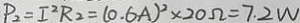
P _ { 2 } = I ^ { 2 } R _ { 2 } = ( 0 . 6 A ) ^ { 2 } \times 2 0 \Omega = 7 . 2 W